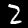
Digit: 2